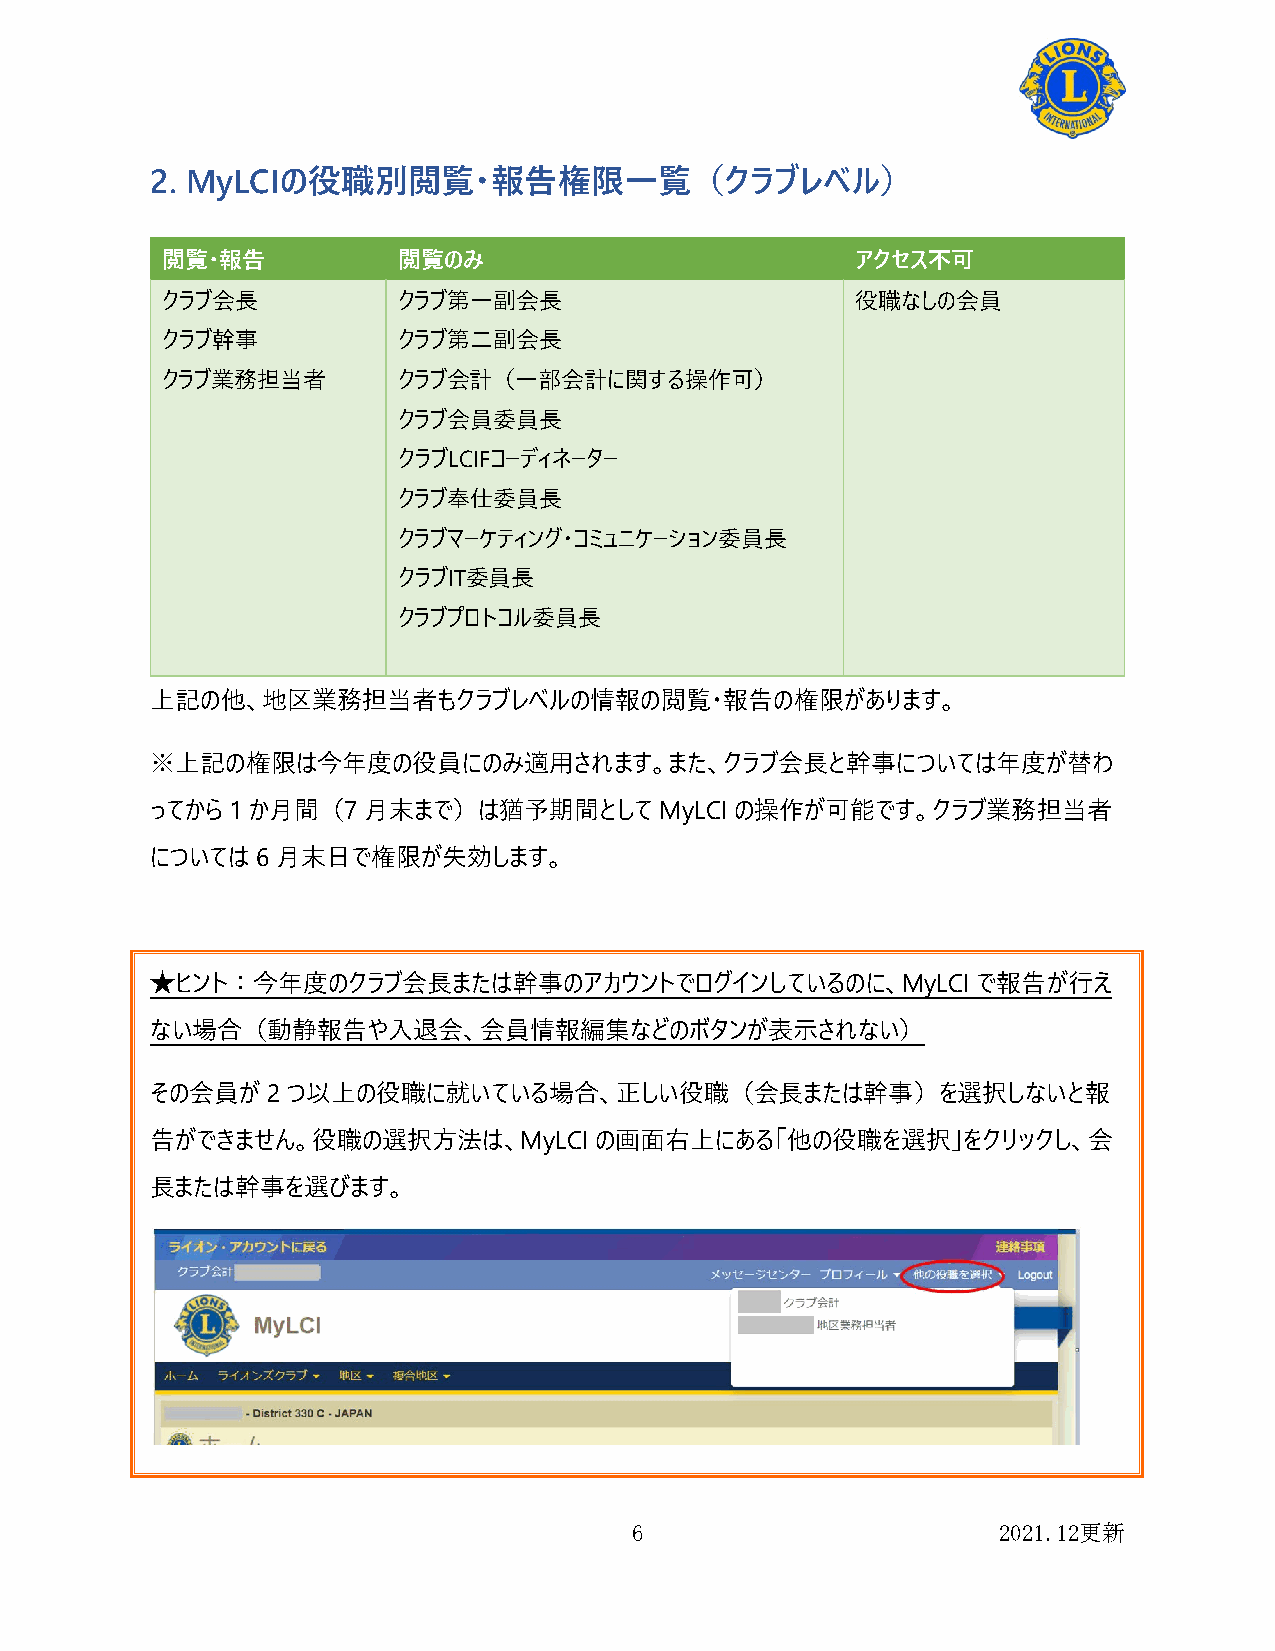
2. MyLCIの役職別閲覧・報告権限一覧（クラブレベル）
 閲覧・報告          閲覧のみ                           アクセス不可
 クラブ会長          クラブ第一副会長                       役職なしの会員
 クラブ幹事          クラブ第二副会長
 クラブ業務担当者       クラブ会計（一部会計に関する操作可）
 クラブ会員委員長
 クラブLCIFコーディネーター
 クラブ奉仕委員長
 クラブマーケティング・コミュニケーション委員長
 クラブIT委員長
 クラブプロトコル委員長
 上記の他、地区業務担当者もクラブレベルの情報の閲覧・報告の権限があります。
 ※上記の権限は今年度の役員にのみ適用されます。また、クラブ会長と幹事については年度が替わ
 ってから1 か月間（7   月末まで）は猶予期間として       MyLCI の操作が可能です。クラブ業務担当者
 については  6 月末日で権限が失効します。
 ★ヒント：今年度のクラブ会長または幹事のアカウントでログインしているのに、MyLCI             で報告が行え
 ない場合（動静報告や入退会、会員情報編集などのボタンが表示されない）
 その会員が   2つ以上の役職に就いている場合、正しい役職（会長または幹事）を選択しないと報
 告ができません。役職の選択方法は、MyLCI       の画面右上にある「他の役職を選択」をクリックし、会
 長または幹事を選びます。
 6                       2021.12更新